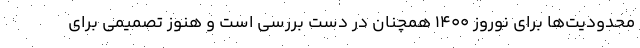
محدودیت‌ها برای نوروز ۱۴۰۰ همچنان در دست بررسی است و هنوز تصمیمی برای